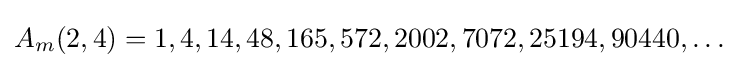
A_{m}(2,4)=1,4,14,48,165,572,2002,7072,25194,90440,\ldots